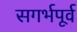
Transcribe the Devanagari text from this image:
सगर्भपूर्व